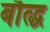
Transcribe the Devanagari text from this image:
बौत्द्ध